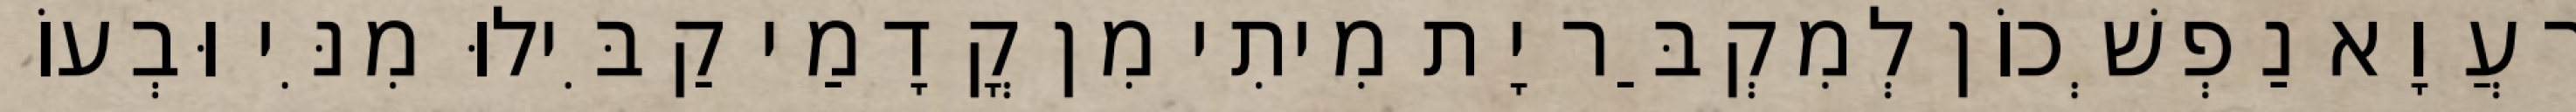
רַעֲוָא נַפְשְׁכוֹן לְמִקְבַּר יָת מִיתִי מִן קֳדָמַי קַבִּילוּ מִנִּי וּבְעוֹ